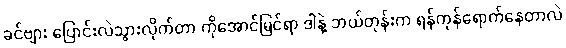
ခင်ဗျား ပြောင်းလဲသွားလိုက်တာ ကိုအောင်မြင်ရာ ဒါနဲ့ ဘယ်တုန်းက ရန်ကုန်ရောက်နေတာလဲ